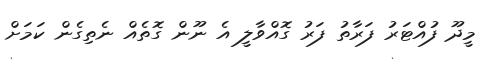
މީދޫ ފުއްޓަރު ފަރާތު ފަރު ގޮއްވާލީ އެ ނޫން ގޮތެއް ނެތިގެން ކަމަށް